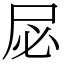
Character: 𫵘